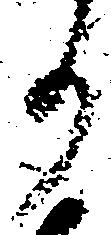
事